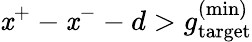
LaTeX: \mathit{x}^{+}-\mathit{x}^{-}-d>g_{\mathrm{{target}}}^{\mathrm{{(min)}}}